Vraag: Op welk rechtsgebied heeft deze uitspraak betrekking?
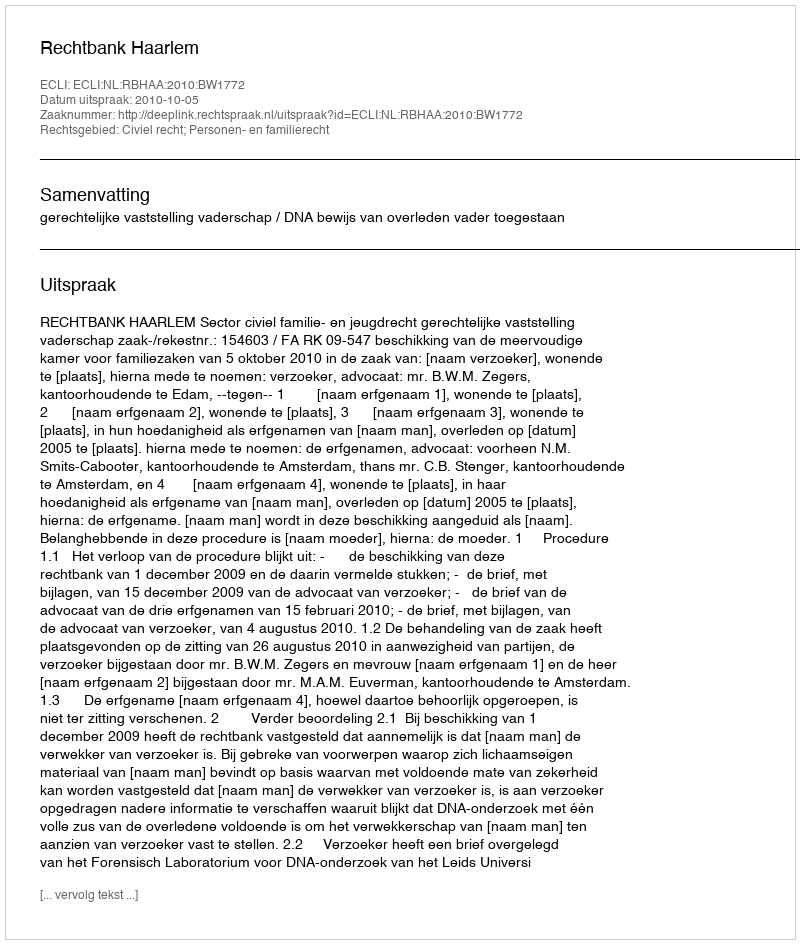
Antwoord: Civiel recht; Personen- en familierecht